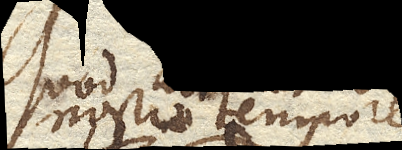
nostro tempore